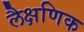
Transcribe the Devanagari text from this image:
लैक्षणिक